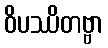
ဝိပဿိတဗ္ဗာ